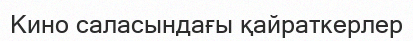
Кино саласындағы қайраткерлер